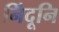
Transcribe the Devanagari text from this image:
निंदूनि